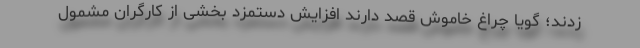
زدند؛ گویا چراغ خاموش قصد دارند افزایش دستمزد بخشی از کارگرانِ مشمول